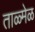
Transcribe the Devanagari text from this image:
ताळ्मेळ